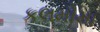
કલમોમા